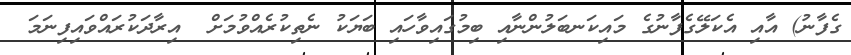
ގެފާނު) އާއި އެކަލޭގެފާނުގެ މައިކަނބަލުންނާއި ބިމުގައިވާހައި ބަޔަކު ނެތިކުރެއްވުމަށް  އިރާދަކުރައްވައިފިނަމަ